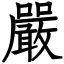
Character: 嚴